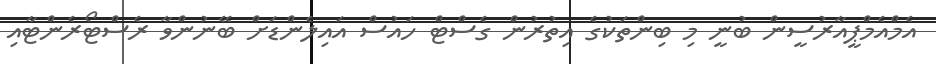
އެމްއެމްޕީއާރުސީން ބުނީ މި ބިންތަކުގެ އިތުރުން ގެސްޓް ހައުސް އައިލެންޑަށް ބޭނުންވާ ރެސްޓޯރެންޓާއި